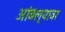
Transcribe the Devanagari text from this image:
आंबल्यावर